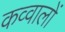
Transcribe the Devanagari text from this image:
कव्वालों